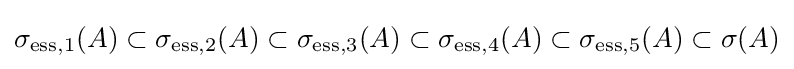
\sigma _{\mathrm {ess} ,1}(A)\subset \sigma _{\mathrm {ess} ,2}(A)\subset \sigma _{\mathrm {ess} ,3}(A)\subset \sigma _{\mathrm {ess} ,4}(A)\subset \sigma _{\mathrm {ess} ,5}(A)\subset \sigma (A)